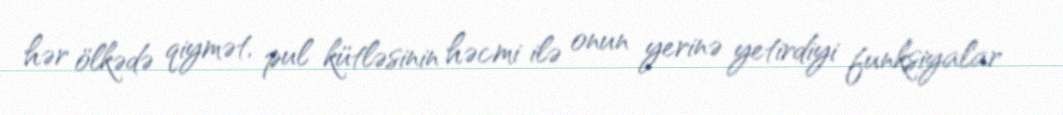
hər ölkədə qiymət, pul kütləsinin həcmi ilə onun yerinə yetirdiyi funksiyalar